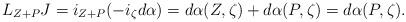
LaTeX: \begin{align*}L_{Z+P}J=i_{Z+P}(-i_\zeta d\alpha)=d\alpha(Z,\zeta)+d\alpha(P,\zeta)=d\alpha(P,\zeta).\end{align*}